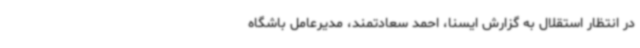
در انتظار استقلال به گزارش ایسنا، احمد سعادتمند، مدیرعامل باشگاه